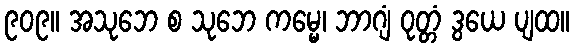
၉၀၉။ အသုဘေ စ သုဘေ ကမ္မေ၊ ဘာဂျံ ဝုတ္တံ ဒွယေ ပျထ။